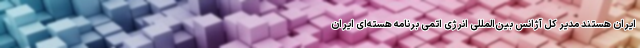
ایران هستند مدیر کل آژانس بین‌المللی انرژی اتمی برنامه هسته‌ای ایران